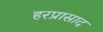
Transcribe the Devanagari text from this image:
हरप्रासाद